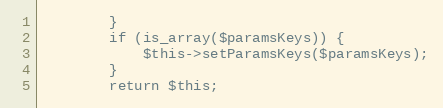
Language: PHP
        }
        if (is_array($paramsKeys)) {
            $this->setParamsKeys($paramsKeys);
        }
        return $this;